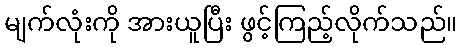
မျက်လုံးကို အားယူပြီး ဖွင့်ကြည့်လိုက်သည်။